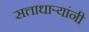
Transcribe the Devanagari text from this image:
सत्ताधार्‍यांनी